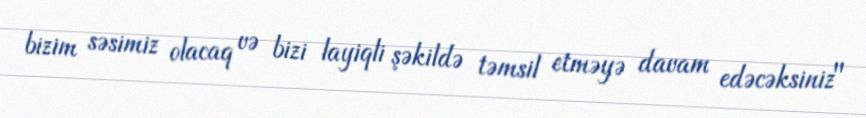
bizim səsimiz olacaq və bizi layiqli şəkildə təmsil etməyə davam edəcəksiniz"